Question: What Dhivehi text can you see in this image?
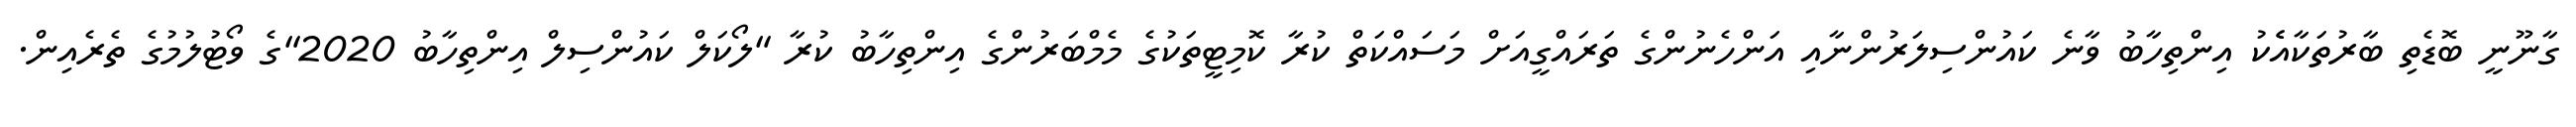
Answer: ގާނޫނީ ބޮޑެތި ބާރުތަކާއެެކު އިންތިހާބު ވާނެ ކައުންސިލަރުންނާއި އަންހެނުންގެ ތަރައްގީއަށް މަސައްކަތް ކުރާ ކޮމިޓީތަކުގެ މެމްބަރުންގެ އިންތިހާބު ކުރާ "ލޯކަލް ކައުންސިލް އިންތިހާބު 2020"ގެ ވޯޓުލުމުގެ ތެރެއިން.